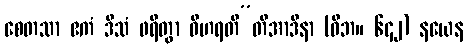
စေတသာ ဧကံ ဒိသံ ဖရိတွာ ဝိဟရတီ”တိအာဒိနာ (ဝိဘ။ ၆၄၂) နယေန